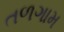
તળગામ